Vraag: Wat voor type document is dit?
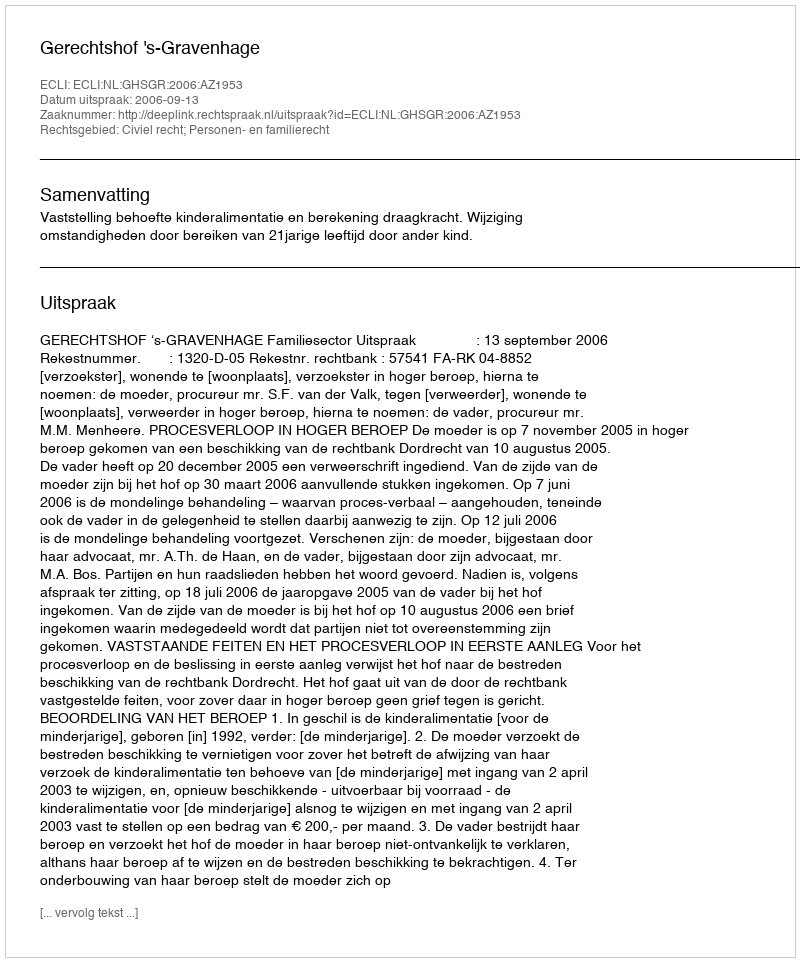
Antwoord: Uitspraak